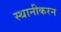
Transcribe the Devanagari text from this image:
स्थानीकरन